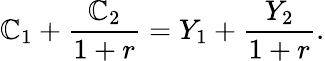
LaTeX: \mathbb{C}_{1}+{\frac{{\mathbb{C}_{2}}}{{1+r}}}=Y_{1}+{\frac{{Y_{2}}}{{1+r}}}.